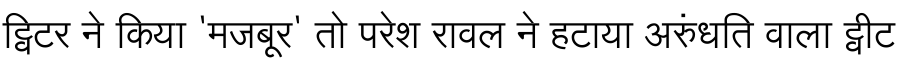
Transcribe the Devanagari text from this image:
ट्विटर ने किया 'मजबूर' तो परेश रावल ने हटाया अरुंधति वाला ट्वीट